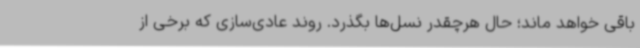
باقی خواهد ماند؛ حال هرچقدر نسل‌ها بگذرد. روند عادی‌سازی که برخی از